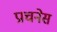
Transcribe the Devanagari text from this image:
प्राचनेस